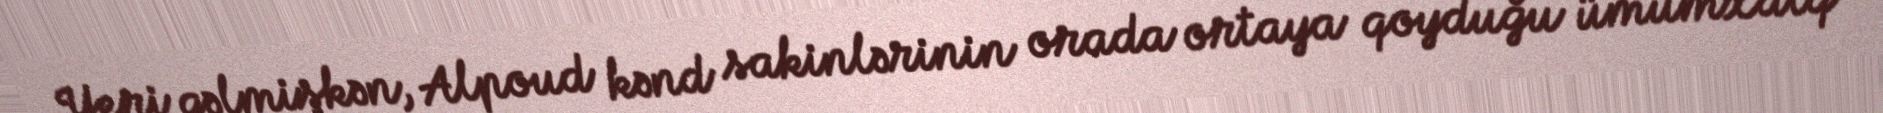
Yeri gəlmişkən, Alpoud kənd sakinlərinin orada ortaya qoyduğu ümumxalq